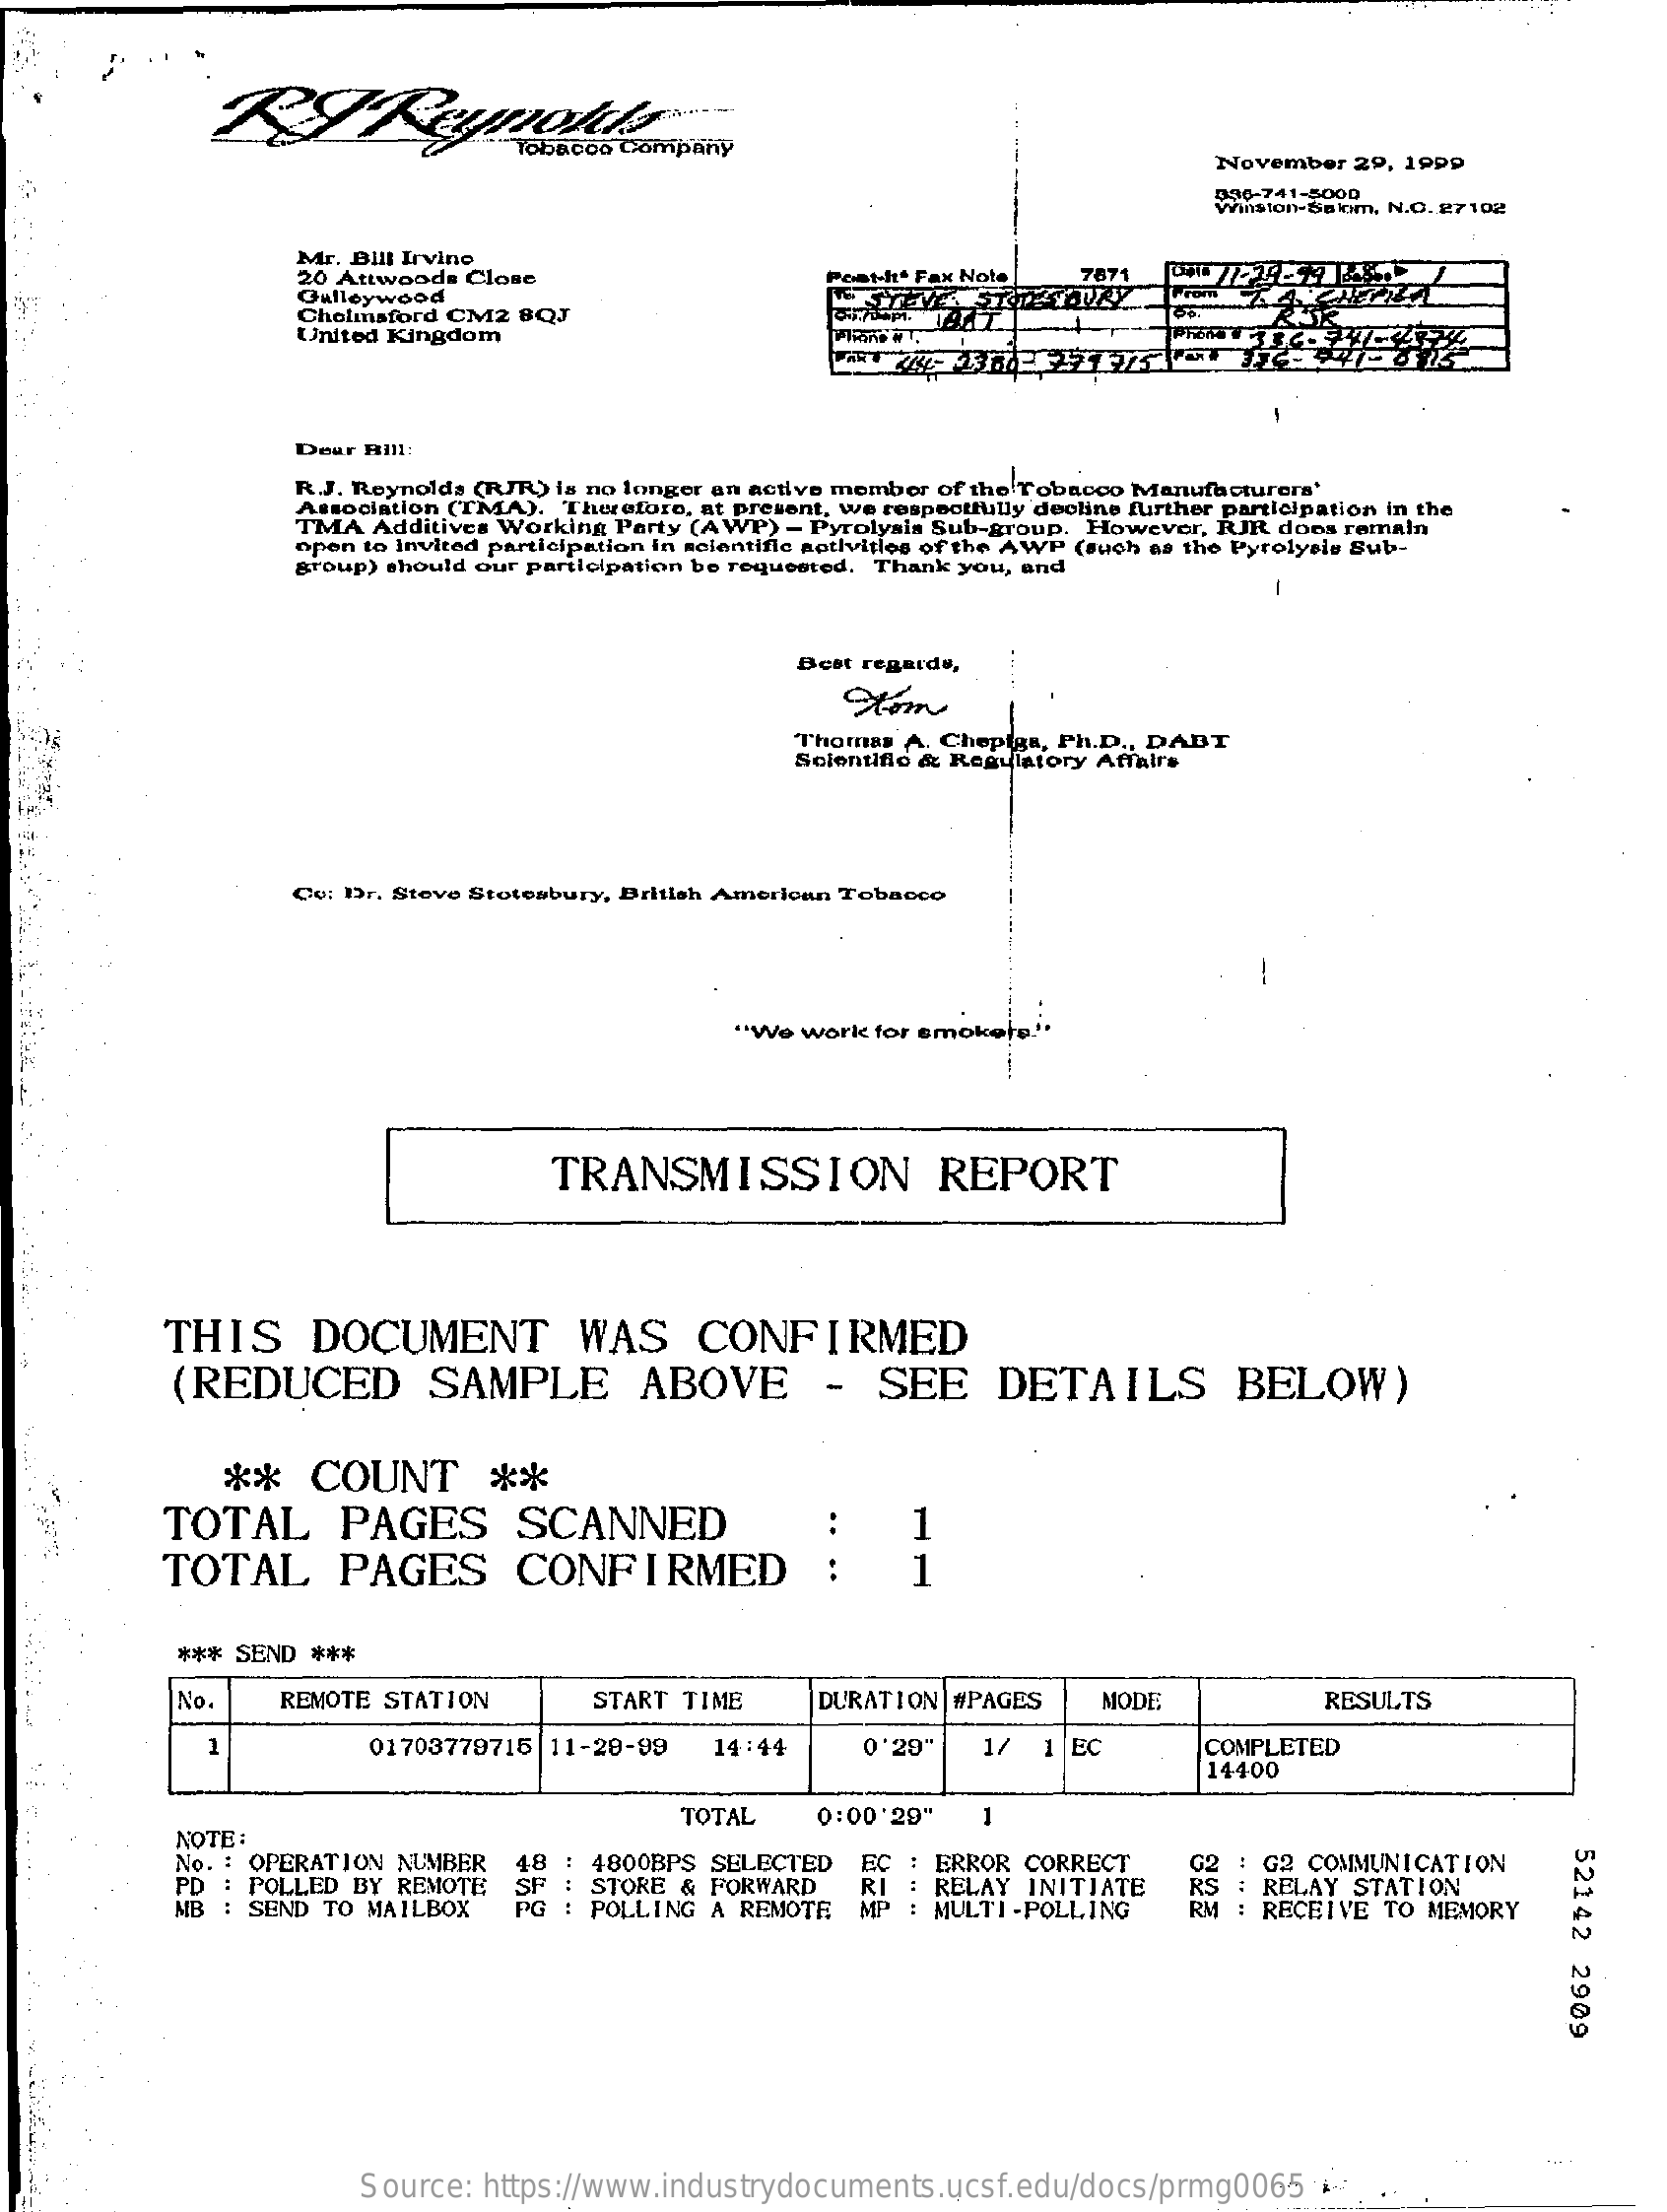
Tobacco Company
     November  29, 19pp
     436-741-5000
     Winston-Solom, N.O. 27102
     Mr. Bill Irvine
     20 Attwoods Close
     Gulleywood
     Post-h* Fax Note  787
     Chelmsford CM2 8QJ
     United Kingdom
     Deur Hill:
     R.J. Reynolds (RJR.) is no longer an active member of the Tobacco Manufacturers'
     Association (TMA). Therefore, at present, we respectfully decline further participation in the
     TMA  Additives Working Party (AWP) - Pyrolysis Sub-group. However, RJR doos remain
     open to invited participation in scientific aotivitlos of the AWP (such as the Pyrolysis Sub-
     group) should our participation be requested. Thank you, and
     Best regards,
     Thomas  A. Chepiga, Ph.D ., DADT
     Scientific & Regulatory Affairs
     Co: Dr. Steve Stotesbury, British American Tobacco
     "We work  for smokeje."
     TRANSMISSION    REPORT
     THIS    DOCUMENT    WAS    CONFIRMED
     (REDUCED    SAMPLE    ABOVE    -   SEE    DETAILS    BELOW)
     **    COUNT    **
     TOTAL    PAGES    SCANNED
     TOTAL    PAGES    CONFIRMED    :
     1
     1
     *** SEND ***
     No.    REMOTE STATION    START TIME    DURATION | #PAGES   MODE    RESULTS
     1    01703779715  11-28-99    14:44    0'29'    1/  1 EC    COMPLETED
     14400
     NOTE:
     TOTAL    0:00'29"    1
     52142
     2909
     No. : OPERATION NUMBER
     PD : POLLED BY  REMOTE
     48  : 4800BPS SELECTED
     STORE & FORWARD
     EC : ERROR  CORRECT
     RELAY  INITIATE
     : G2 COMMUNICATION
     MB : SEND TO MAILBOX    PG : POLLING  A REMOTE
     SF    RI    RS  : RELAY STATION
     MULTI -POLLING    : RECEIVE TO MEMORY
     Source:  https://www.industrydocuments.ucsf.edu/docs/prmg0065